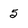
Character: 5